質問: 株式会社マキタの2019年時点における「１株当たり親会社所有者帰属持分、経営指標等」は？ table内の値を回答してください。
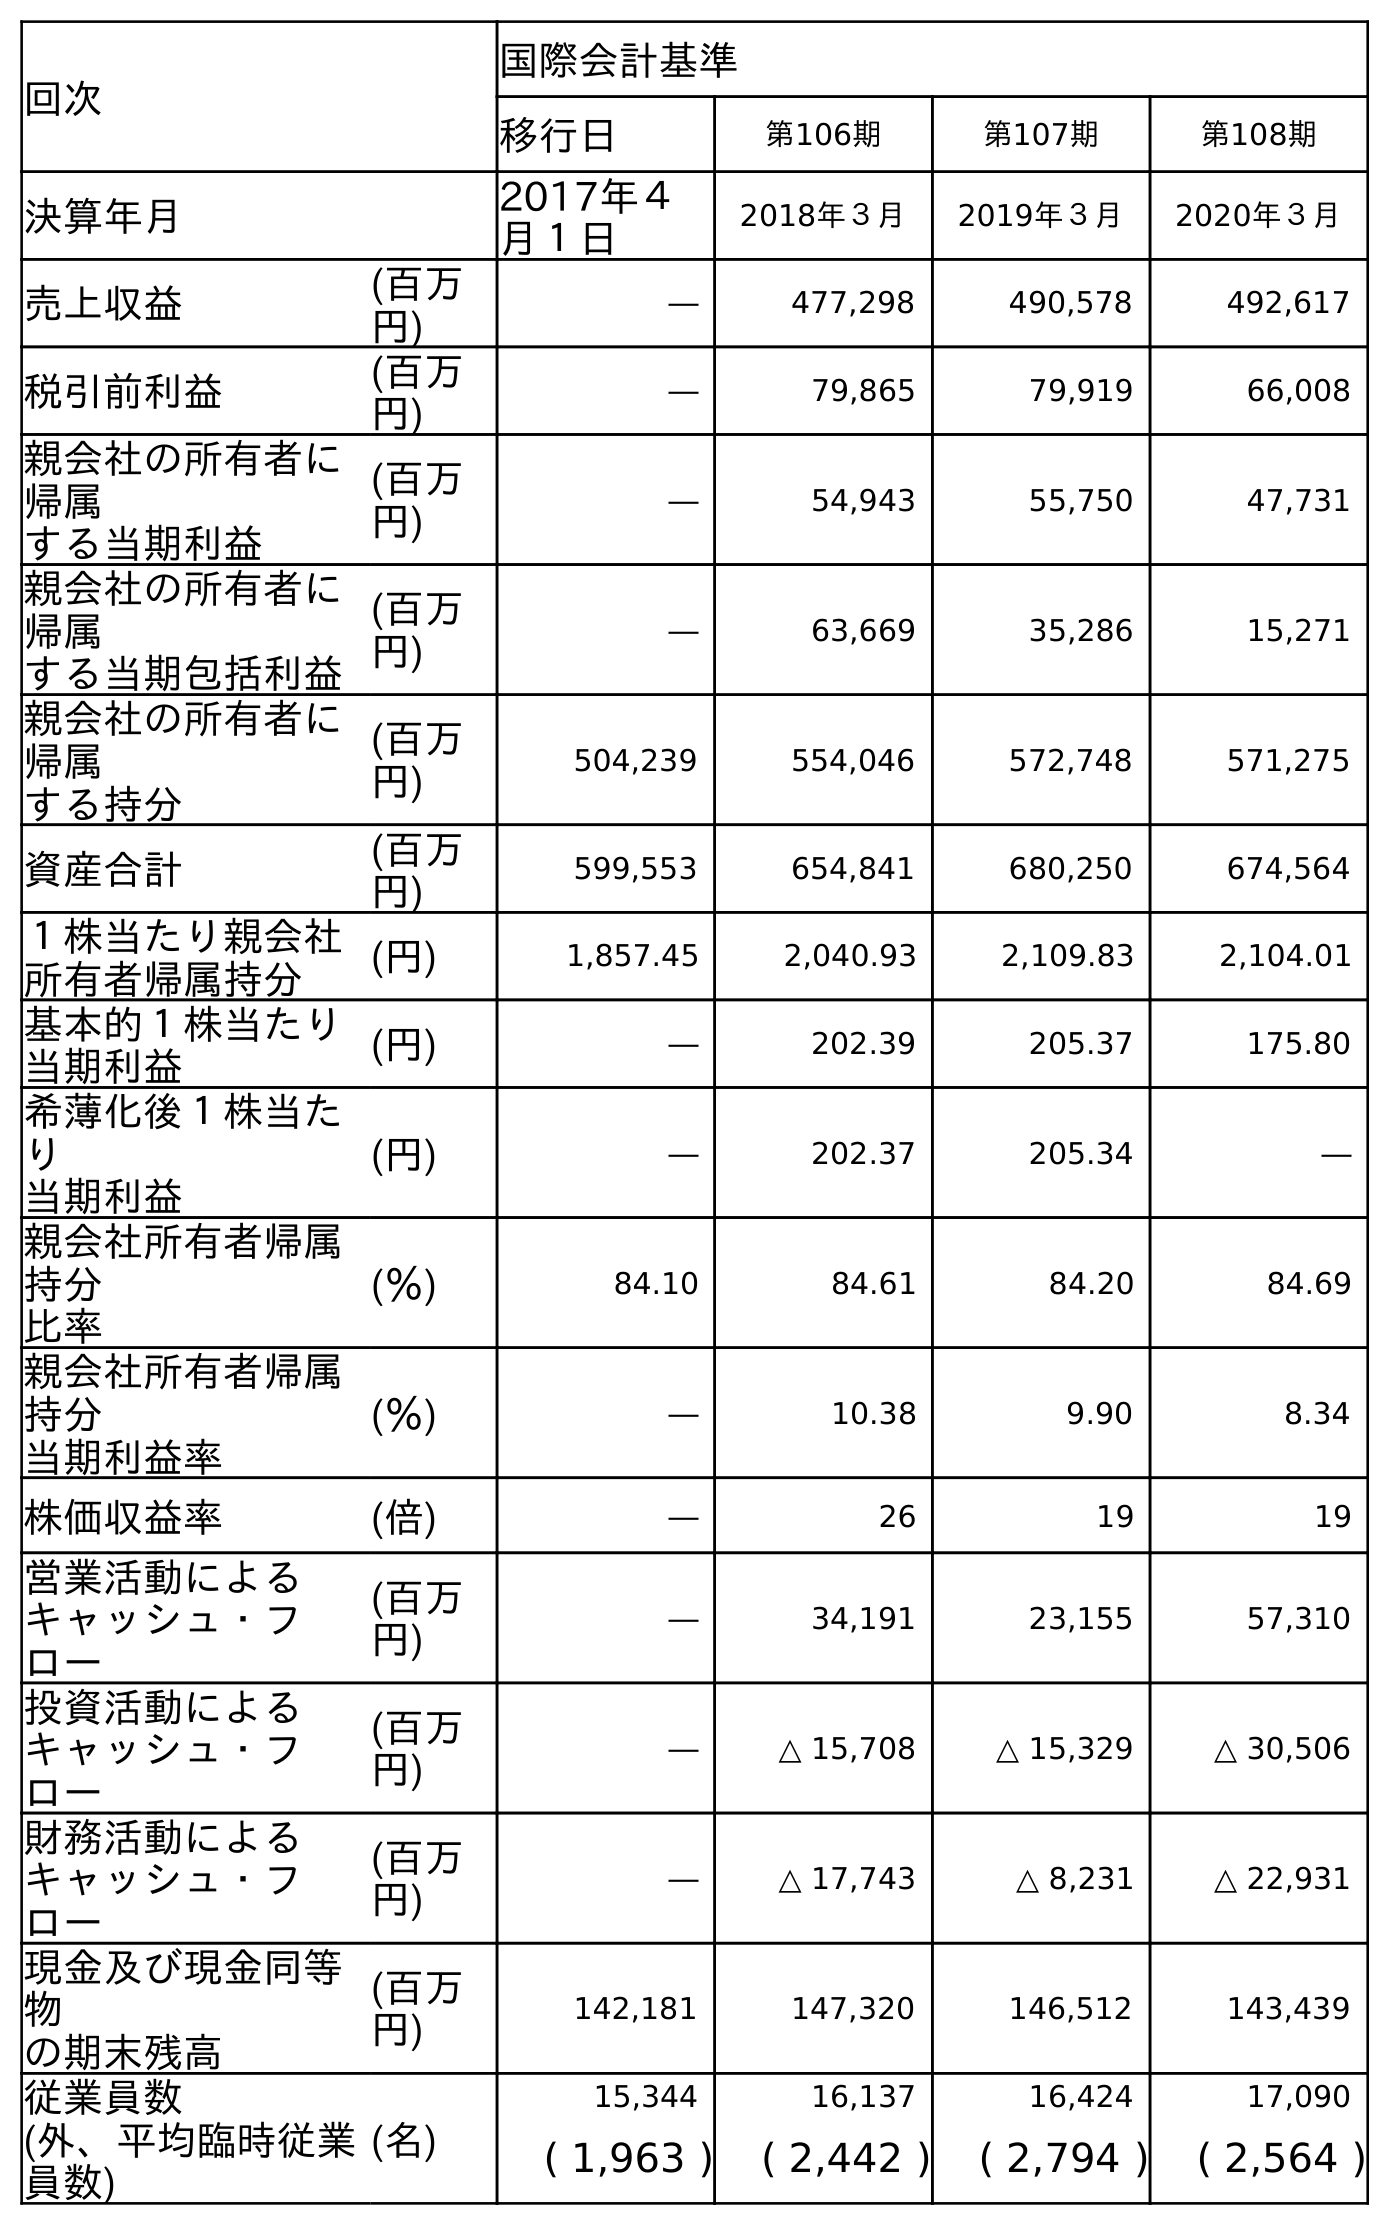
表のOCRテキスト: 回次 国際会計基準 移行日 第106期 第107期 第108期 決算年月 2017年４ 月１日 2018年３月 2019年３月 2020年３月 売上収益 (百万 円) ― 477,298 490,578 492,617 税引前利益 (百万 円) ― 79,865 79,919 66,008 親会社の所有者に 帰属 する当期利益 (百万 円) ― 54,943 55,750 47,731 親会社の所有者に 帰属 する当期包括利益 (百万 円) ― 63,669 35,286 15,271 親会社の所有者に 帰属 する持分 (百万 円) 504,239 554,046 572,748 571,275 資産合計 (百万 円) 599,553 654,841 680,250 674,564 １株当たり親会社 所有者帰属持分 (円) 1,857.45 2,040.93 2,109.83 2,104.01 基本的１株当たり 当期利益 (円) ― 202.39 205.37 175.80 希薄化後１株当た り 当期利益 (円) ― 202.37 205.34 ― 親会社所有者帰属 持分 比率 (％) 84.10 84.61 84.20 84.69 親会社所有者帰属 持分 当期利益率 (％) ― 10.38 9.90 8.34 株価収益率 (倍) ― 26 19 19 営業活動による キャッシュ・フ ロー (百万 円) ― 34,191 23,155 57,310 投資活動による キャッシュ・フ ロー (百万 円) ― △ 15,708 △ 15,329 △ 30,506 財務活動による キャッシュ・フ ロー (百万 円) ― △ 17,743 △ 8,231 △ 22,931 現金及び現金同等 物 の期末残高 (百万 円) 142,181 147,320 146,512 143,439 従業員数 (名) 15,344 16,137 16,424 17,090 (外、平均臨時従業 員数) ( 1,963 ) ( 2,442 ) ( 2,794 ) ( 2,564 )
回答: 2,109.83